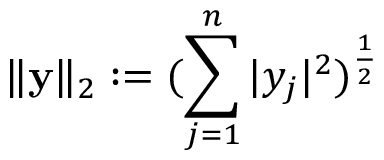
\| \mathbf { y } \| _ { 2 } : = ( \sum _ { j = 1 } ^ { n } | y _ { j } | ^ { 2 } ) ^ { \frac { 1 } { 2 } }